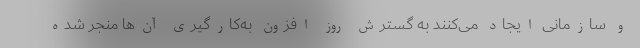
و سازمانی ایجاد می‌کنند به گسترش روز افزون به‌کارگیری آن‌ها منجر شده